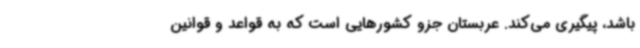
باشد، پیگیری می‌کند. عربستان جزو کشورهایی است که به قواعد و قوانین